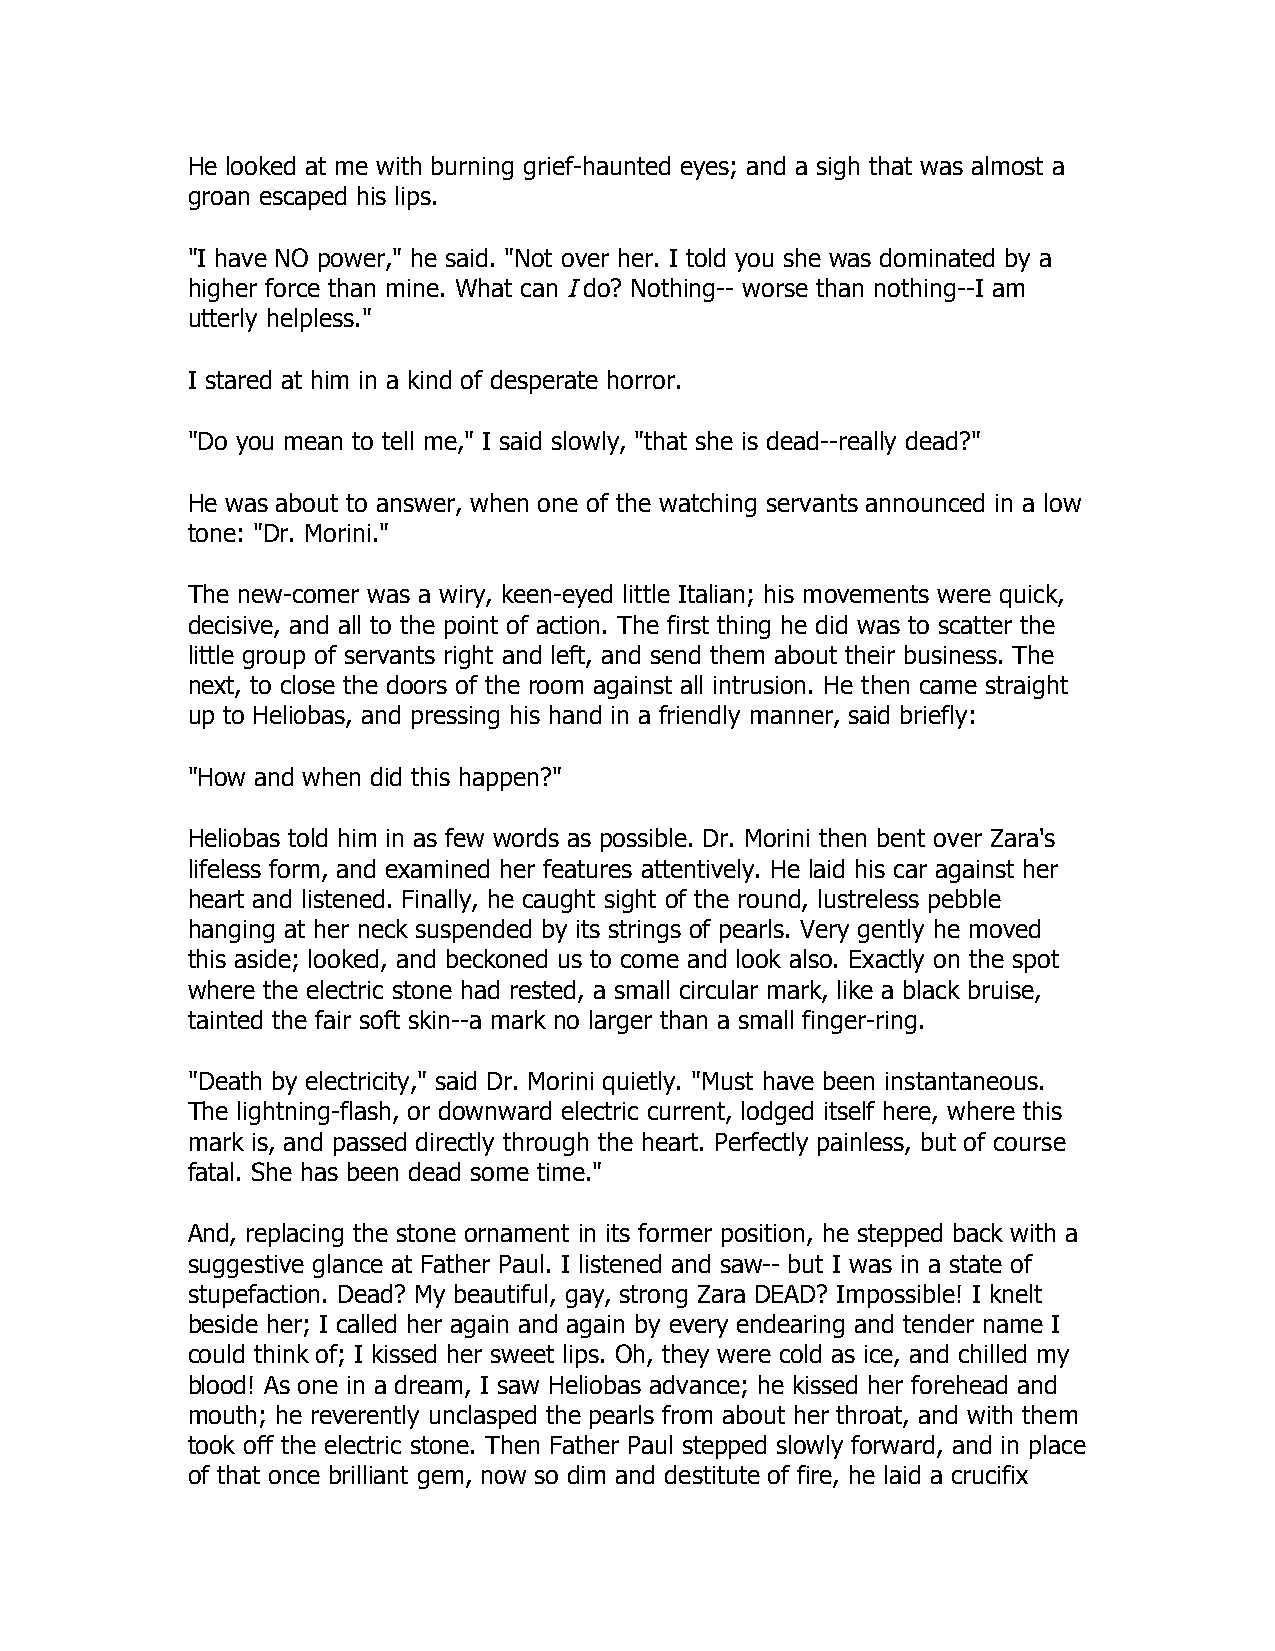
He looked at me with burning grief-haunted eyes; and a sigh that was almost a
 groan escaped his lips.
 "I have NO power," he said. "Not over her. I told you she was dominated by a
 higher force than mine. What can I do? Nothing-- worse than nothing--I am
 utterly helpless."
 I stared at him in a kind of desperate horror.
 "Do you mean to tell me," I said slowly, "that she is dead--really dead?"
 He was about to answer, when one of the watching servants announced in a low
 tone: "Dr. Morini."
 The new-comer was a wiry, keen-eyed little Italian; his movements were quick,
 decisive, and all to the point of action. The first thing he did was to scatter the
 little group of servants right and left, and send them about their business. The
 next, to close the doors of the room against all intrusion. He then came straight
 up to Heliobas, and pressing his hand in a friendly manner, said briefly:
 "How and when did this happen?"
 Heliobas told him in as few words as possible. Dr. Morini then bent over Zara's
 lifeless form, and examined her features attentively. He laid his car against her
 heart and listened. Finally, he caught sight of the round, lustreless pebble
 hanging at her neck suspended by its strings of pearls. Very gently he moved
 this aside; looked, and beckoned us to come and look also. Exactly on the spot
 where the electric stone had rested, a small circular mark, like a black bruise,
 tainted the fair soft skin--a mark no larger than a small finger-ring.
 "Death by electricity," said Dr. Morini quietly. "Must have been instantaneous.
 The lightning-flash, or downward electric current, lodged itself here, where this
 mark is, and passed directly through the heart. Perfectly painless, but of course
 fatal. She has been dead some time."
 And, replacing the stone ornament in its former position, he stepped back with a
 suggestive glance at Father Paul. I listened and saw-- but I was in a state of
 stupefaction. Dead? My beautiful, gay, strong Zara DEAD? Impossible! I knelt
 beside her; I called her again and again by every endearing and tender name I
 could think of; I kissed her sweet lips. Oh, they were cold as ice, and chilled my
 blood! As one in a dream, I saw Heliobas advance; he kissed her forehead and
 mouth; he reverently unclasped the pearls from about her throat, and with them
 took off the electric stone. Then Father Paul stepped slowly forward, and in place
 of that once brilliant gem, now so dim and destitute of fire, he laid a crucifix